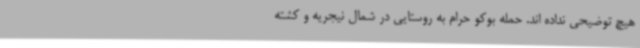
هیچ توضیحی نداده اند. حمله بوکو حرام به روستایی در شمال نیجریه و کشته